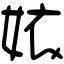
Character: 㛄